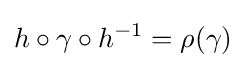
h\circ \gamma \circ h^{-1}=\rho (\gamma )